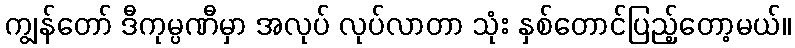
ကျွန်တော် ဒီကုမ္ပဏီမှာ အလုပ် လုပ်လာတာ သုံး နှစ်တောင်ပြည့်တော့မယ်။